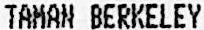
TAMAN BERKELEY